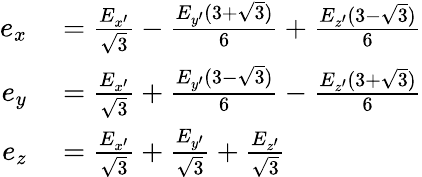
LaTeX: \begin{array}{rl}{e_{x}}&{{}=\frac{E_{x^{\prime}}}{\sqrt{3}}-\frac{E_{y^{\prime}}(3+\sqrt{3})}{6}+\frac{E_{z^{\prime}}(3-\sqrt{3})}{6}}\\ {e_{y}}&{{}=\frac{E_{x^{\prime}}}{\sqrt{3}}+\frac{E_{y^{\prime}}(3-\sqrt{3})}{6}-\frac{E_{z^{\prime}}(3+\sqrt{3})}{6}}\\ {e_{z}}&{{}=\frac{E_{x^{\prime}}}{\sqrt{3}}+\frac{E_{y^{\prime}}}{\sqrt{3}}+\frac{E_{z^{\prime}}}{\sqrt{3}}}\end{array}